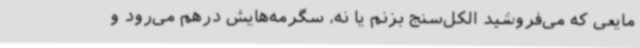
مایعی که می‌فروشید الکل‌سنج بزنم یا نه، سگرمه‌هایش درهم می‌رود و